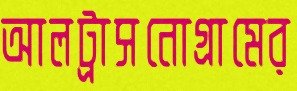
আলট্রাসনোগ্রামের